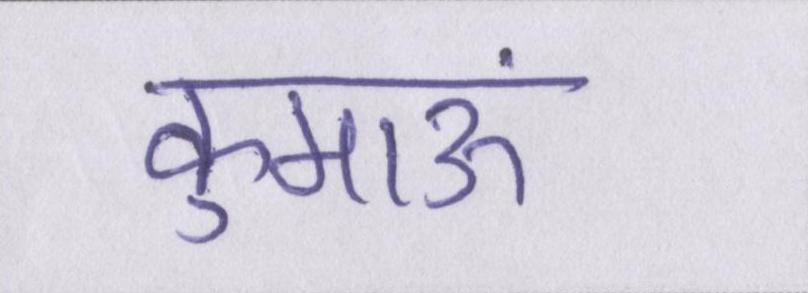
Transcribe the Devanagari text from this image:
कुमाऊं